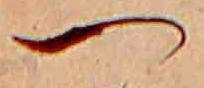
つ